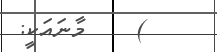
)    މާނައަކީ: